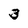
Character: 3